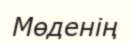
Мөденің